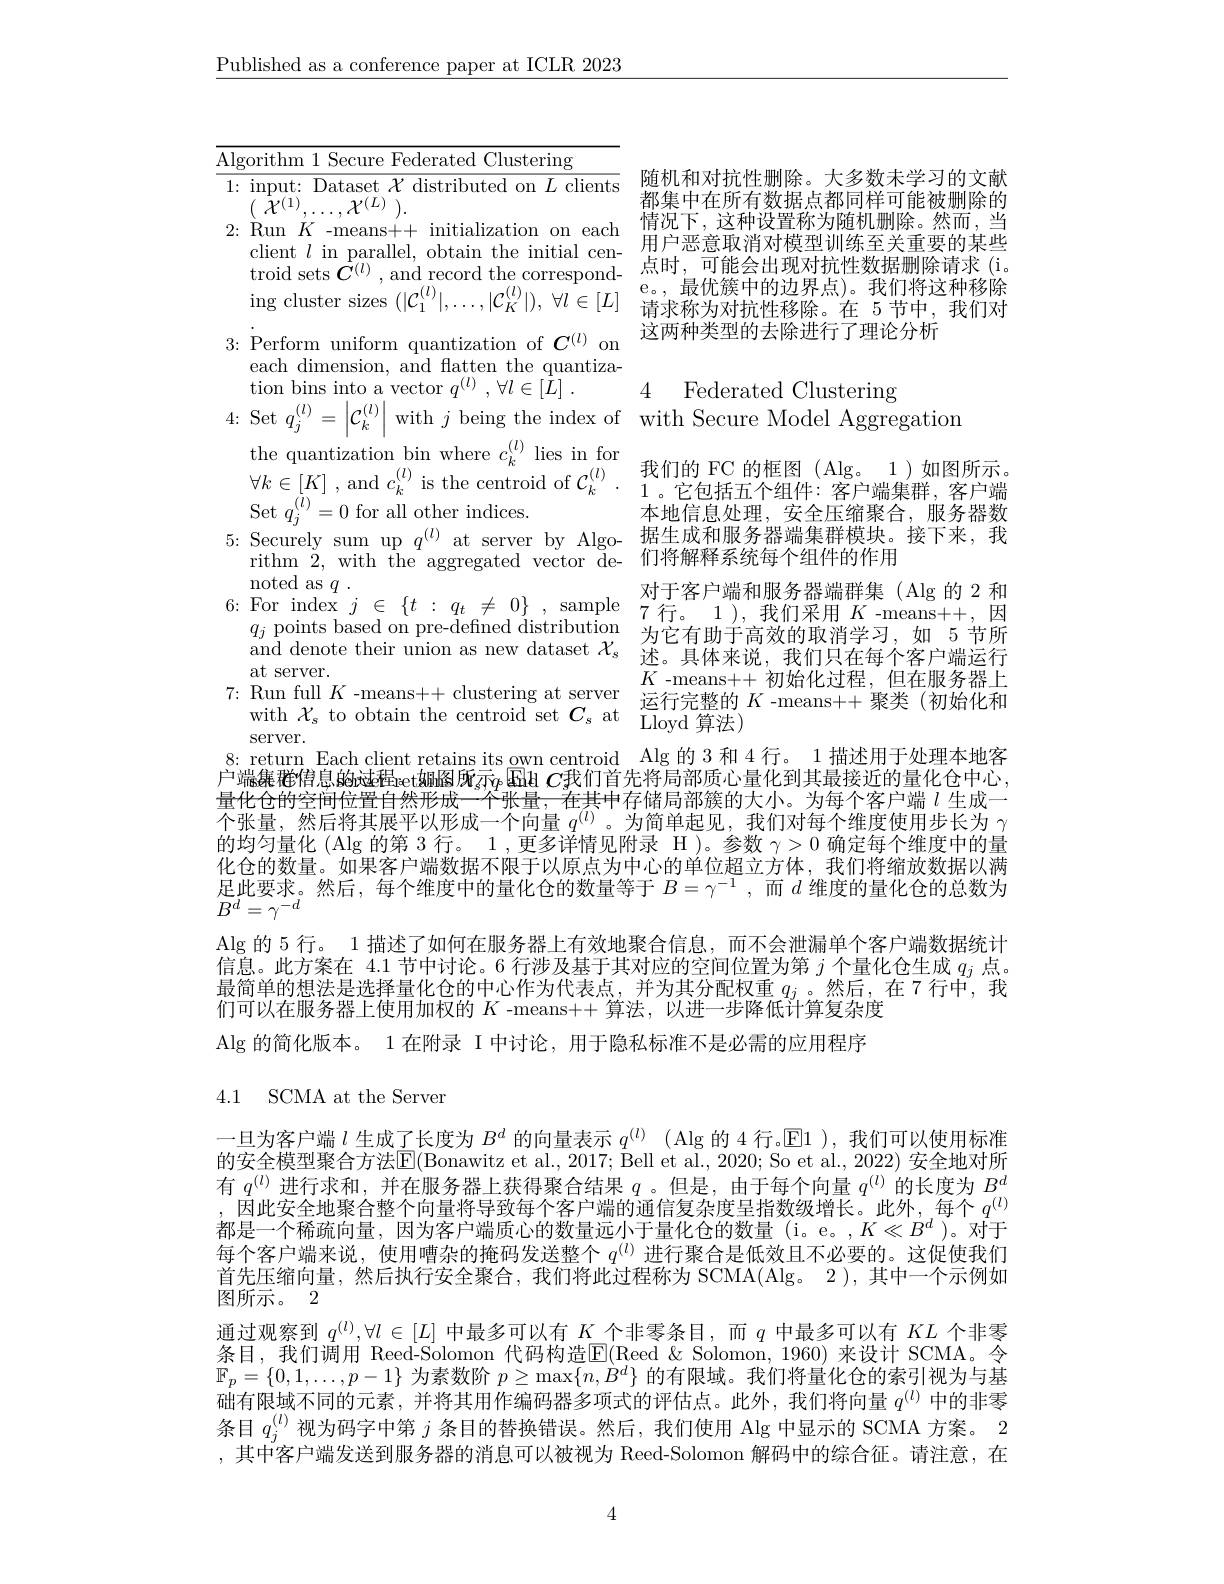
$\underline{\text{Published as a conference paper at ICLR 2023}}$

1: input: Dataset $\chi$ distributed on $L$ clients 随 机 和 对 抗 性 删 除 。大 多 数 未 学 习 的 文 献
都集中在所有数据点都同样可能被删除的
2:Run$K$-means++ initialization on each 情况下，这种设置称为随机删除。然而，当
client $l$ in parallel, obtain the initial cen- $\begin{array}{cc}\text{用户恶意取消对模型训练至关重要的某些}\end{array}$ troid sets $\boldsymbol{C}^{(l)}$, and $\begin{array}{ll}{\text{tiou sets C', anu recoru tie conespond-}}\\{\text{ing cluster sizes }(|\mathcal{C}_{1}^{(l)}|,\ldots,|\mathcal{C}_{K}^{(l)}|),~\forall l\in[L]}&{\text{e。, 最优簇中的边界点)。我们将这种移除}}\\{\text{请求称为对抗性移除。在 5节中，我们对}}\end{array}$
3{:}Perform uniform quantization of $C^{(l)}$ on 这两种类型的去除进行了理论分析

4 Federated Clustering
4:Set $q_j^{(l)}=\left|\mathcal{C}_k^{(l)}\right|$with $j$ being the index of with Secure Model Aggregation

$\boxed{\text{Algorithm 1 Secure Federated Clustering}}$
$(\begin{array}{c}{{\tilde{X}^{(1)},\ldots,\mathcal{X}^{(L)}}}\end{array}).$
each dimension, and flatten the quantiza-
tion bins into a vector $q^{( l) }, \forall l\in [ \hat{L} ]$ .
Set $q_{j}^{(\bar{l})}=0$ for a
5{:} Securely sum up $q^{(l)}$ at server by Algo- 据生成和服务器端集群模块。接下来，我
rithm 2, with the aggregated vector de-
$\operatorname*{noted}_{\Gamma}$as$q$ .
$\begin{array}{cccc}{\mathrm{moteu~as~}q.}&{\text{对于客户端和服务器端群集(Alg 的 2 和}}\\{6:\mathrm{~For~index~}j\in\{t~:~q_{t}~\neq~0\}~,~\mathrm{sample}~7~\text{行。1}~),~\text{我们采用 }K~-means++,~因}\\{q_{j}~\mathrm{points~based~on~pre-defined~distribution}~\text{为它有助于高效的取消学习，如 5节所}}\end{array}$
and denote their union as new dataset $\mathcal{X}_s$
at server.
$\begin{array}{ccc}7{:}&\text{Run full }K\mathrm{~-means++~clustering~at~server}&\text{A-lileals++ }\text{初如化过性，但在服务命上}\\&\text{with }\mathcal{Y}\mathrm{~to~obtain~tho~controid~eot~}C_{2\mathrm{t}}&\text{运行完整的 }K\mathrm{~-means++~}\text{聚类(初始化和}\end{array}$
with $\mathcal{X}_{s}$ to obtain th
server.
8: return Each client retains its own centroid Alg 的 3 和 4 行。1 描述用于处理本地客户端集雅馆息的过程ret娜图所示p Ehlt $C$我们首先将局部质心量化到其最接近的量化仓中心， 量化仓的空间位置自然形成一个张量，在其中存储局部簇的大小个张量，然后将其展平以形成一个向量$q^{(l)}$。为简单起见，我们对每个维度使用步长为$\gamma$ 的均匀量化$(\operatorname{Alg}$的第 3 行。$1,\operatorname{\text{更多详情见附录 H }})$。参数$\gamma>0$确定每个维度中的量化仓的数量。如果客户端数据不限于以原点为中心的单位超立方体，我们将缩放数据以满足此要求。然后，每个维度中的量化仓的数量等于$B=\gamma$ ${\vec{B}^{d}=\gamma^{-d}}$
Alg 的 5 行。1 描述了如何在服务器上有效地聚合信息。此方案在 4.1 节中讨论。6 行涉及基于其对应的空间位置为第$j$个量化仓生成$q_j$点。最简单的想法是选择量化仓的中心作为代表点，并为其分配权重$q_j$ 。然后，在 7 行中，我们可以在服务器上使用加权的$K$ -means++ 算法，以进一步降低计算复杂度

本地信息处理，安全压缩聚合，服务器数
们将解释系统每个组件的作用
对于客户端和服务器端群集(Alg 的 2 和述。具体来说，我们只在每个客户端运行$K$ -means++ 初始化过程，但在服务器上

Alg 的简化版本。1 在附录 I 中讨论，用于隐私

### 4.1 SCMA at the Server

一旦为客户端$l$生成了长度为$B^d$的向量表示$q^{(l)}$ (Alg 的 4 行。$\mathbb{E}1$ ),我们可以使用标准的安全模型聚合方法$\overline{\mathrm{E}}($Bonawitz et al., 2017; Bell et al., 2020; So et al., 2022) 安全地对所有$q^(l)$进行求和，并在服务器上获得聚合结果$q$。但是，由于每个向量$q^(l)$的长度为$B^d$ ,因此安全地聚合整个向量将导致每个客户端的通信复杂度呈指数级增长。此外，每个$q^{(l)}$ 都是一个稀疏向量，因为客户端质心的数量远小于量化仓的数量 (i。e。,$K\ll B^d$ )。对于每个客户端来说，使用嘈杂的掩码发送整个$q^{(l)}$进行聚合是低效且不必要的。这促使我们首先压缩向量，然后执行安全聚合，我们将此过程称为 SCM 图所示。2
通过观察到$q^(l),\forall l\in[L]$中最多可以有$K$个非零条目，而$q$中最多可以有$KL$个非零条目，我们调用 Reed-Solomon 代码构造$\mathbb{E}($Reed $\&$ Solomon, 1960)来设计 SCMA。令$\mathbb{F}_p=\{0,1,\ldots,p-1\}$为素数阶$p\geq\max\{n,\dot{B}^d\}$的有限域。我们将量化仓的索引视为与基础有限域不同的元素，并将其用作编码器多项式的评估点。此外，我们将向量$q^{(l)}$中的非零条目$q_j^{(l)}$视为码字中第$j$条目的替换错误。然后，我们使用 Alg 中显示的 SCMA 方案。2 ,其中客户端发送到服务器的消息可以被视为 Reed-Solomon 解码中的综合征。请注意，在

4